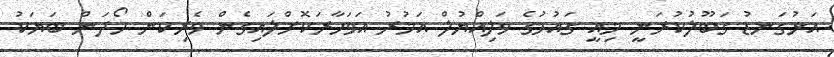
އަޅުގަނޑު ގަބޫލުކުރަނީ މިއީ ގައުމުގެ ވަލިއްޔުލް އަމުރު އަވަހާރަކޮށްލައިގެން ވެރިކަން ހޯދަން ބަޔަކު